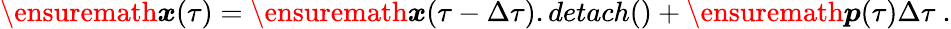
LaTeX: \ensuremath{\boldsymbol{{x}}}(\tau)=\ensuremath{\boldsymbol{{x}}}(\tau-\Delta\tau).detach()+\ensuremath{\boldsymbol{p}}(\tau)\Delta\tau\ .